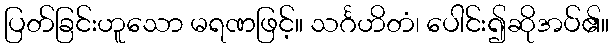
ပြတ်ခြင်းဟူသော မရဏဖြင့်။ သင်္ဂဟိတံ၊ ပေါင်း၍ဆိုအပ်၏။